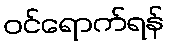
ဝင်ရောက်ရန်